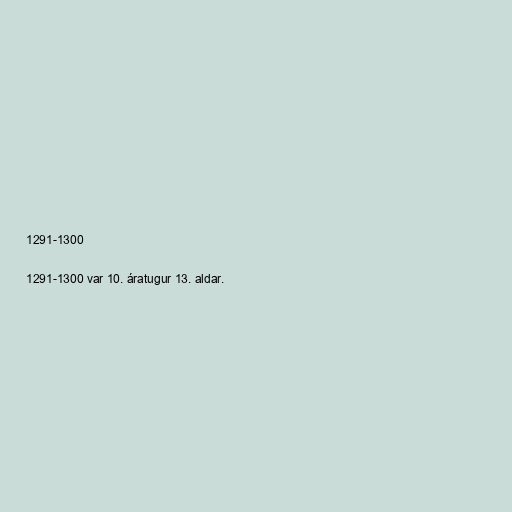
1291-1300

1291-1300 var 10. áratugur 13. aldar.